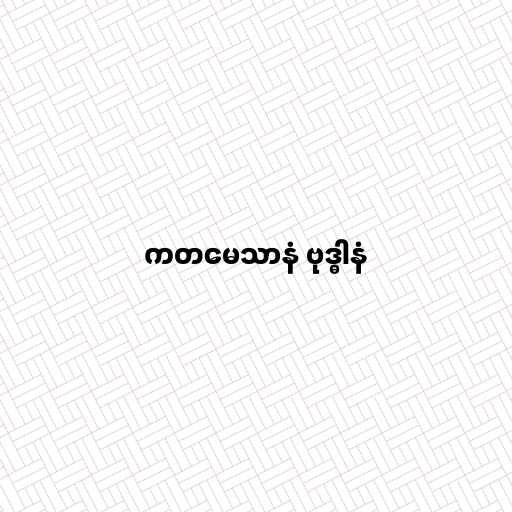
ကတမေသာနံ ဗုဒ္ဓါနံ